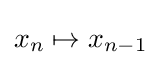
x_{n}\mapsto x_{n-1}